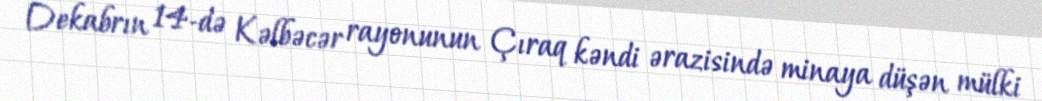
Dekabrın 14-də Kəlbəcər rayonunun Çıraq kəndi ərazisində minaya düşən mülki